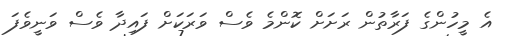
އެ މީހުންގެ ފަރާތުން ރަށަށް ކޮންމެ ވެސް ވަރަކަށް ފައިދާ ވެސް ވަނީވެފަ